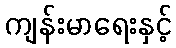
ကျန်းမာရေးနှင့်